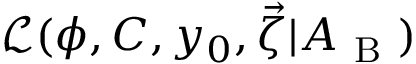
\mathcal { L } ( \phi , C , y _ { 0 } , \vec { \zeta } | A _ { \mathrm { ~ B ~ } } )